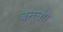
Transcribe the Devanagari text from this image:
बत्तूता।